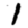
Digit: 1